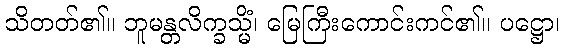
သိတတ်၏။ ဘူမန္တလိက္ခသ္မိံ၊ မြေကြီးကောင်းကင်၏။ ပဋ္ဌော၊